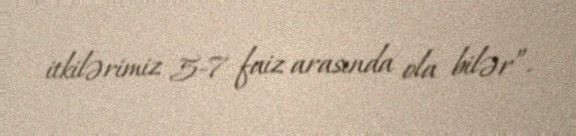
itkilərimiz 5-7 faiz arasında ola bilər”.